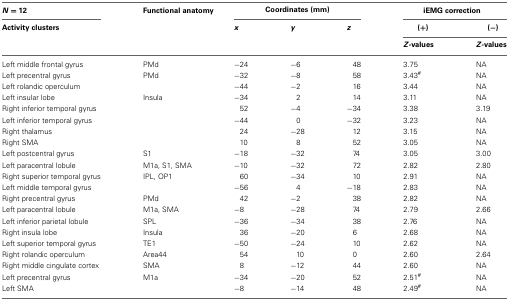
<table><thead><tr><td><b><i>N</i> = 12</b></td><td><b>Functional anatomy</b></td><td colspan="3"><b>Coordinates (mm)</b></td><td colspan="2"><b>iEMG correction</b></td></tr><tr><td><b>Activity clusters</b></td><td></td><td><b><i>x</i></b></td><td><b><i>y</i></b></td><td><b><i>z</i></b></td><td><b>(+)</b></td><td><b>(−)</b></td></tr><tr><td colspan="4"></td><td></td><td><b><i>Z</i>-values</b></td><td><b><i>Z</i>-values</b></td></tr></thead><tbody><tr><td>Left middle frontal gyrus</td><td>PMd</td><td>−24</td><td>−6</td><td>48</td><td>3.75</td><td>NA</td></tr><tr><td>Left precentral gyrus</td><td>PMd</td><td>−32</td><td>−8</td><td>58</td><td>3.43<sup>#</sup></td><td>NA</td></tr><tr><td>Left rolandic operculum</td><td></td><td>−44</td><td>−2</td><td>16</td><td>3.44</td><td>NA</td></tr><tr><td>Left insular lobe</td><td>Insula</td><td>−34</td><td>2</td><td>14</td><td>3.11</td><td>NA</td></tr><tr><td>Right inferior temporal gyrus</td><td></td><td>52</td><td>−4</td><td>−34</td><td>3.38</td><td>3.19</td></tr><tr><td>Left inferior temporal gyrus</td><td></td><td>−44</td><td>0</td><td>−32</td><td>3.23</td><td>NA</td></tr><tr><td>Right thalamus</td><td></td><td>24</td><td>−28</td><td>12</td><td>3.15</td><td>NA</td></tr><tr><td>Right SMA</td><td></td><td>10</td><td>8</td><td>52</td><td>3.05</td><td>NA</td></tr><tr><td>Left postcentral gyrus</td><td>S1</td><td>−18</td><td>−32</td><td>74</td><td>3.05</td><td>3.00</td></tr><tr><td>Left paracentral lobule</td><td>M1a, S1, SMA</td><td>−10</td><td>−32</td><td>72</td><td>2.82</td><td>2.80</td></tr><tr><td>Right superior temporal gyrus</td><td>IPL, OP1</td><td>60</td><td>−34</td><td>10</td><td>2.91</td><td>NA</td></tr><tr><td>Left middle temporal gyrus</td><td></td><td>−56</td><td>4</td><td>−18</td><td>2.83</td><td>NA</td></tr><tr><td>Right precentral gyrus</td><td>PMd</td><td>42</td><td>−2</td><td>38</td><td>2.82</td><td>NA</td></tr><tr><td>Left paracentral lobule</td><td>M1a, SMA</td><td>−8</td><td>−28</td><td>74</td><td>2.79</td><td>2.66</td></tr><tr><td>Left inferior parietal lobule</td><td>SPL</td><td>−36</td><td>−34</td><td>38</td><td>2.76</td><td>NA</td></tr><tr><td>Right insula lobe</td><td>Insula</td><td>36</td><td>−20</td><td>6</td><td>2.68</td><td>NA</td></tr><tr><td>Left superior temporal gyrus</td><td>TE1</td><td>−50</td><td>−24</td><td>10</td><td>2.62</td><td>NA</td></tr><tr><td>Right rolandic operculum</td><td>Area44</td><td>54</td><td>10</td><td>0</td><td>2.60</td><td>2.64</td></tr><tr><td>Right middle cingulate cortex</td><td>SMA</td><td>8</td><td>−12</td><td>44</td><td>2.60</td><td>NA</td></tr><tr><td>Left precentral gyrus</td><td>M1a</td><td>−34</td><td>−20</td><td>52</td><td>2.51<sup>#</sup></td><td>NA</td></tr><tr><td>Left SMA</td><td></td><td>−8</td><td>−14</td><td>48</td><td>2.49<sup>#</sup></td><td>NA</td></tr></tbody></table>